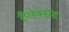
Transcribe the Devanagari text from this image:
रीलेक्सेंट